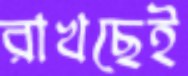
রাখছেই